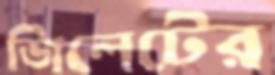
জিলেটের